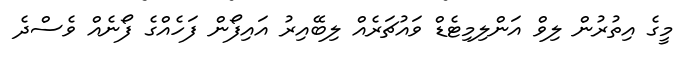
މީގެ އިތުރުން ލިވް އަންލިމިޓެޑް ވައުޗަރެއް ލިބޭއިރު އައިފޯން ފަހެއްގެ ފޯނެއް ވެސްދެ